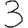
Digit: 3